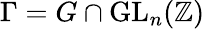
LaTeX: \Gamma=G\cap\mathrm{GL}_{n}(\mathbb{Z})